Annual report on the health of the army in India
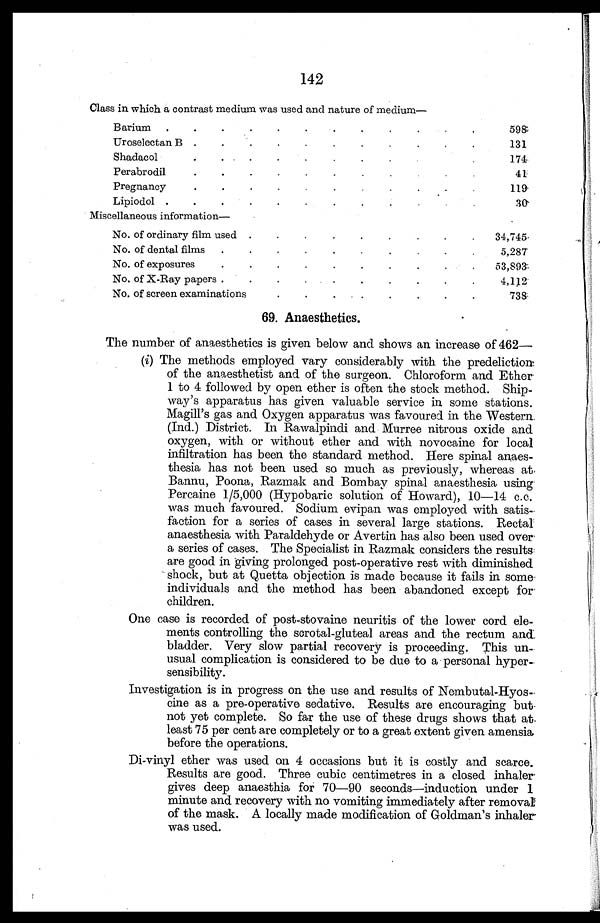
142
Class in which a contrast medium was used and nature of medium—
Barium . . .
598
Uroselectan B . . .
131
Shadacol . . .
174
Perabrodil . . .
4 1
Pregnancy . . .
1 1 9
Lipiodol . . .
30
Miscellaneous information—
No. of ordinary film used . . .
34,745
No. of dental films . . .
5,287
No. of exposures . . .
53,893
No. of X-Ray papers . . .
4,112
No. of screen examinations . . .
7 3 8
69. Anaesthetics.
The number of anaesthetics is given below and shows an increase of 462
—
(i) The methods employed vary considerably with the predeliction
of the anaesthetist and of the surgeon. Chloroform and Ether
1 to 4 followed by open ether is often the stock method. Ship
way's apparatus has given valuable service in some stations.
Magill's gas and Oxygen apparatus was favoured in the Western
(Ind.) District. In Rawalpindi and Murree nitrous oxide and
oxygen, with or without ether and with novocaine for local
infiltration has been the standard method. Here spinal anaes--
thesia has not been used so much as previously, whereas at
Bannu, Poona, Razmak and Bombay spinal anaesthesia using
- P e r c a i n e 1 / 5 , 0 0 0 ( H y p o b a r i c s o l u t i o n o f H o w a r d ) , 1 0 — 1 4 c . c .
was much favoured. Sodium evipan was employed with satis
- f a c t i o n f o r a s e r i e s o f c a s e s i n s e v e r a l l a r g e s t a t i o n s . R e c t a l
anaesthesia with Paraldehyde or Avertin has also been used over
a series of cases. The Specialist in Razmak considers the results
are good in giving prolonged post-operative rest with diminished
shock, but at Quetta objection is made because it fails in some
individuals and the method has been abandoned except for
children.
One ease is recorded of post-stovaine neuritis of the lower cord ele
- m e n t s c o n t r o l l i n g t h e s c r o t a l - g l u t e a l a r e a s a n d t h e r e c t u m a n d
bladder. Very slow partial recovery is proceeding. This un
- u s u a l c o m p l i c a t i o n i s c o n s i d e r e d t o b e d u e t o a p e r s o n a l h y p e r -
sensibility.
Investigation is in progress on the use and results of Nembutal-Hyos
-cine as a pre-operative sedative. Results are encouraging but
not yet complete. So far the use of these drugs shows that at
least 75 per cent are completely or to a great extent given amensia
before the operations.
Di-vinyl ether was used on 4 occasions but it is costly and scarce.
Results are good. Three cubic centimetres in a closed inhaler
gives deep anaesthia for 70—90 seconds—induction under 1
minute and recovery with no vomiting immediately after removal
of the mask. A locally made modification of Goldman's inhaler
was used.